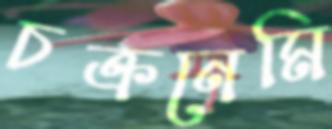
চক্রনেমি